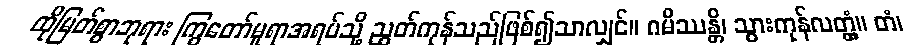
ထိုမြတ်စွာဘုရား ကြွတော်မူရာအရပ်သို့ ညွတ်ကုန်သည်ဖြစ်၍သာလျှင်။ ဂမိဿန္တိ၊ သွားကုန်လတ္တံ့။ တံ၊